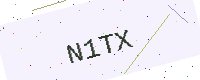
Text: N1TX